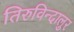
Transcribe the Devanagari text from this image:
तिरुविन्दालुर